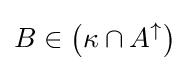
B\in \left(\kappa \cap A^{\uparrow }\right)